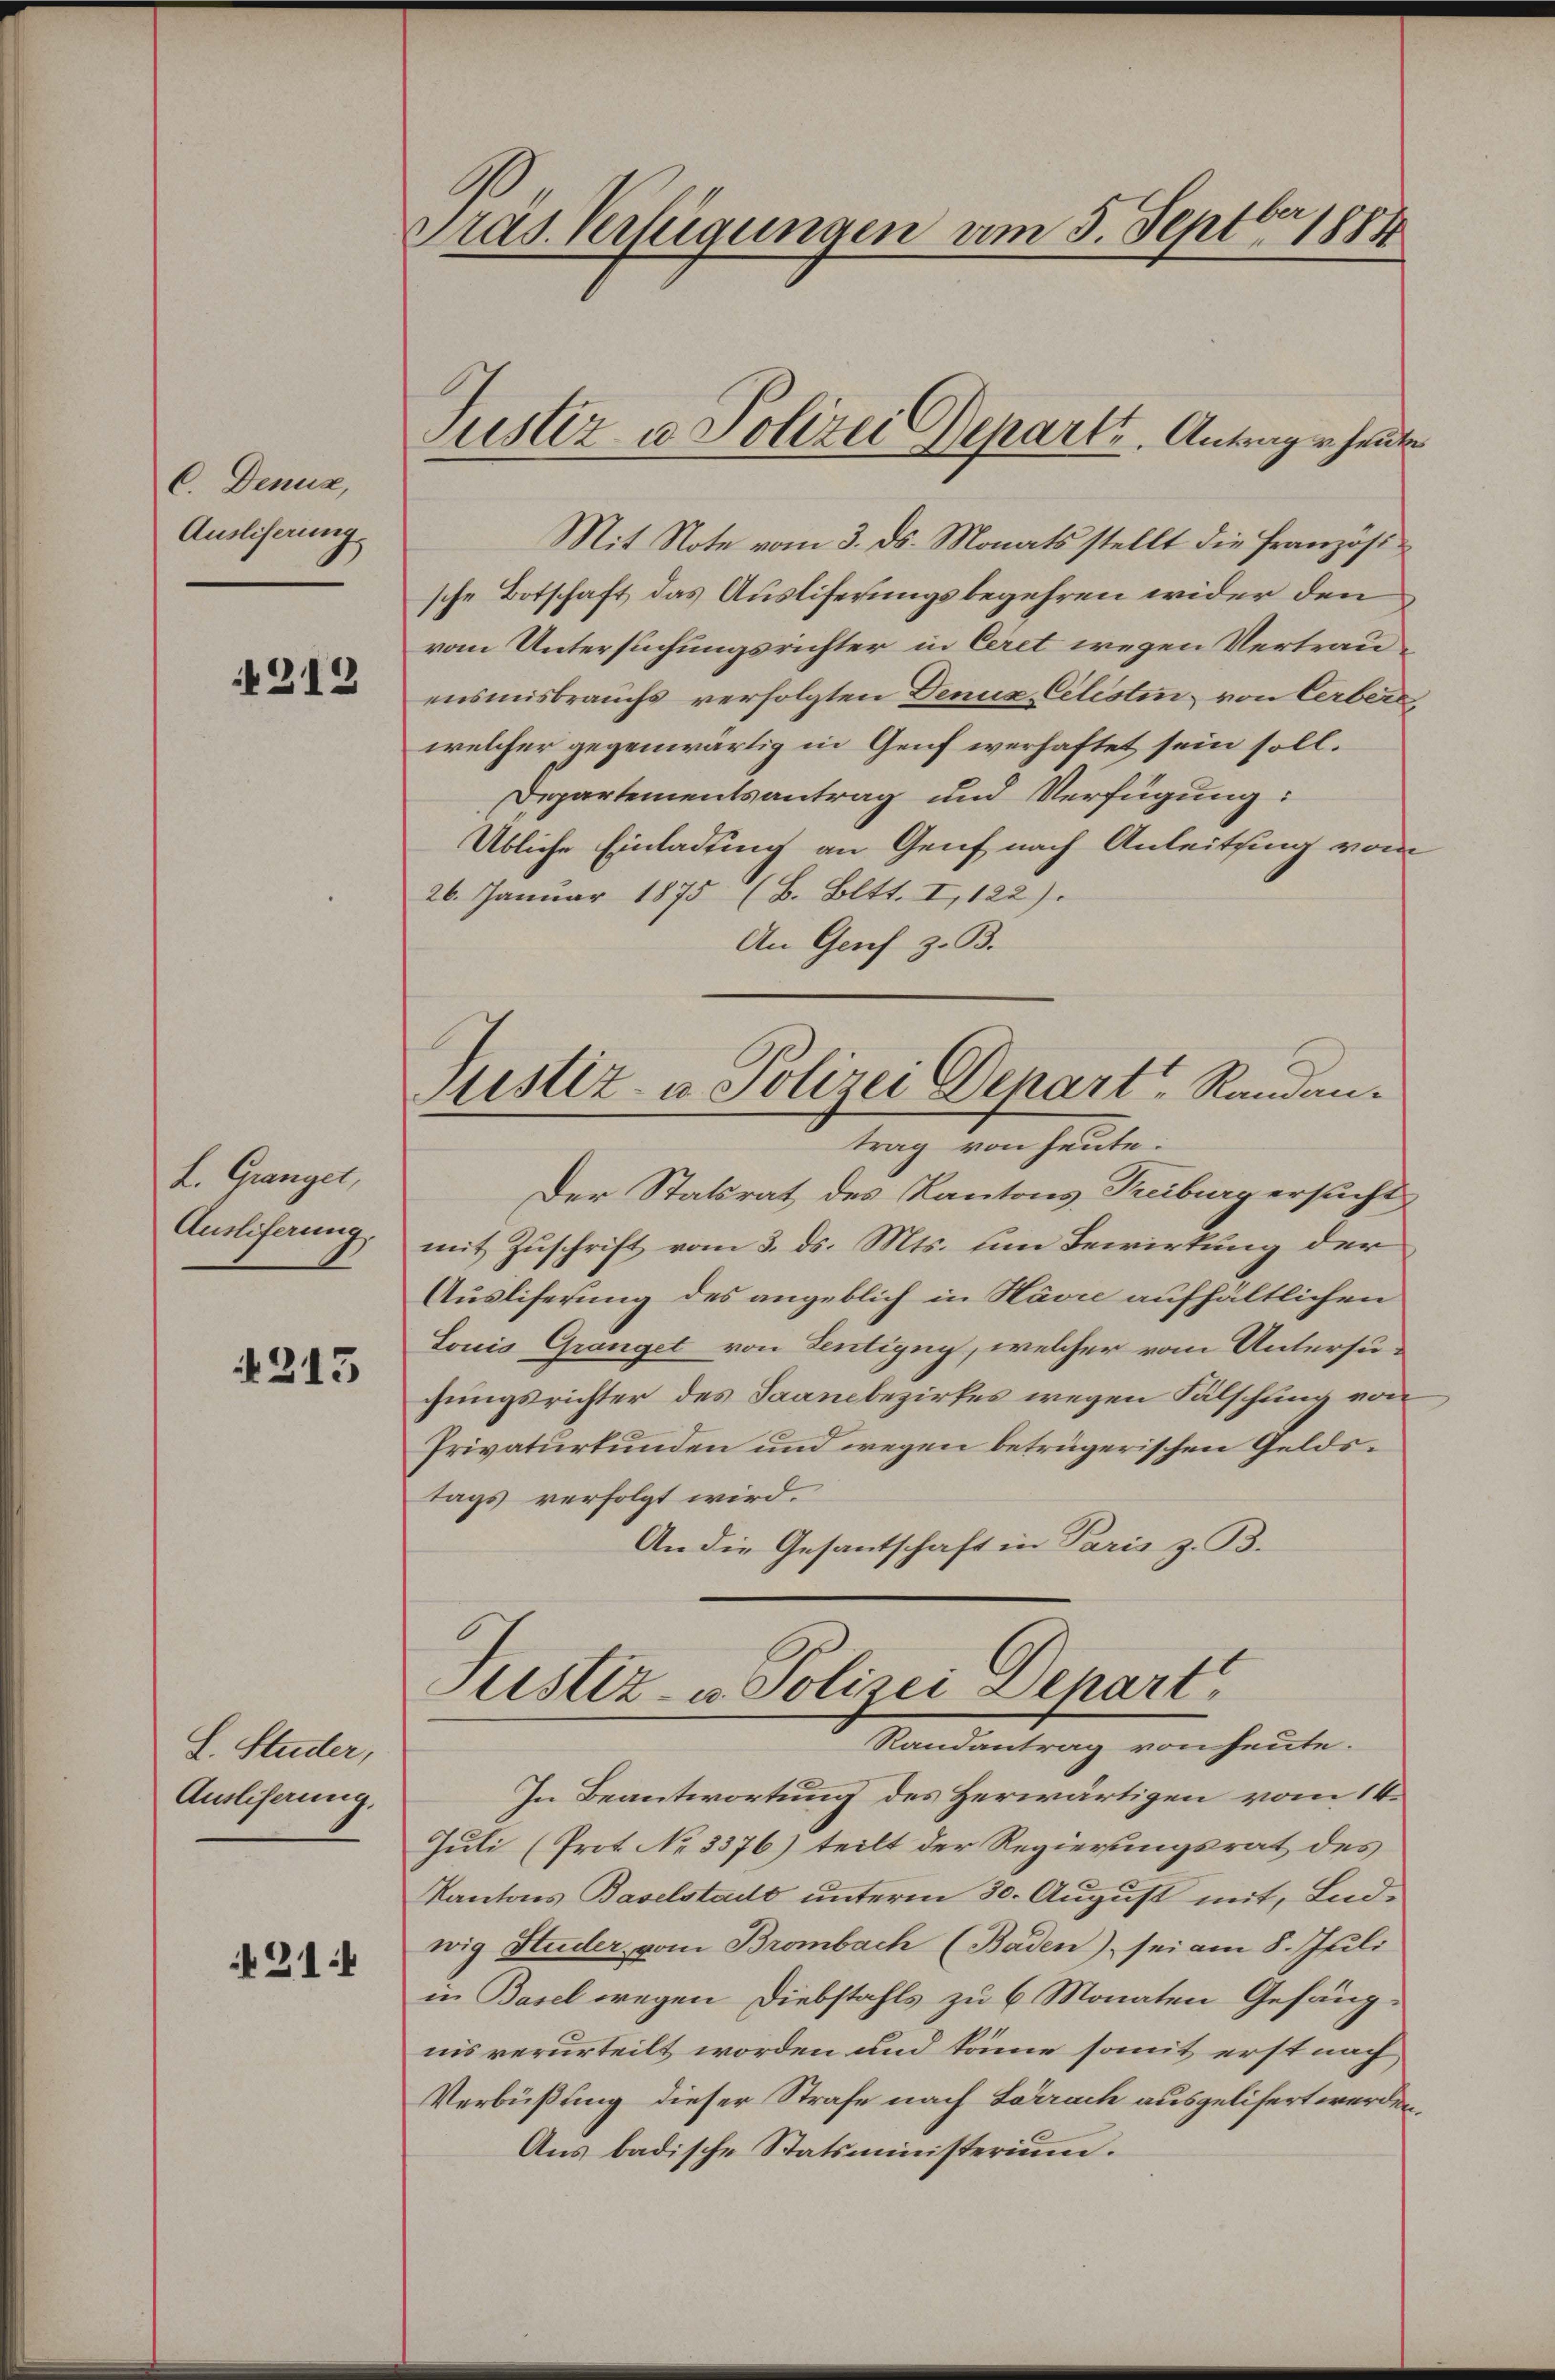
C. Denus,
Ausliserung

313

L. Grangel,
Ausliferung.

213

L. Studer,
Ausliserung.

21

Präs. Verfügungen am 5. Septbr 1884

Justiz u. Polizei Departe. Antragen heute

Mit Note vom 3. ds. Monats stellt die Französische Botschaft das Auslieferungsbegehren wider den
vom Untersuchungsrichter in Ceret wegen Vertrauensmisbrauchs verfolgten Denux Cilistin von Cerber,
welcher gegenwärtig in Genf verhaftet sein soll.
Departementsantrag und Verfügung:
Übliche Einladung an Genf nach Anleitsing vom
26. Januar 1875 (B. Bett. I, 122).
An Genf z. B.
Justiz- u Polizei Depart, Randantrag von heute.
Der Statsrat des Kantons Treiburg ersucht
mit Zuschrift vom 3. ds. Mts. um Bewirkung der
Ausliferung des angeblich in Havre aufhältlichen
Louis Granget von Lentigny, welcher vom Untersugungsrichter des Saambezirkes wegen Fälschung von
Privaturkunden und wegen betrügerischen Geldstags verfolgt wird.
An die Gesantschaft in Paris z. B.

Justiz- u. Polizei Depart
Randantrag von heute.

In Beantwortung des Herwärtigen vom 14.
Juli (Prot No 3376) teilt der Regierungsrat des
Kantons Baselstadt unterm 30. August mit, Ludwig Huder, vom Brombach (Baden), sei am 8. Juli
in Basel wegen Diebstahls zu 6 Monaten Gefängnis verurteilt worden und könne somit erst nach
Verbüßung dieser Strafe nach Lörrach ausgelisert werden,
Aus badische Statsministerium.